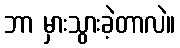
ဘာ မှားသွားခဲ့တာလဲ။